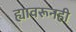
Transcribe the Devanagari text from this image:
ह्यावरूनही